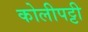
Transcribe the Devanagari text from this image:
कोलीपट्टी